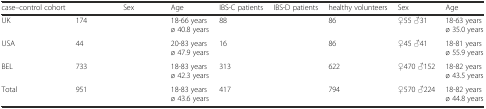
<table><thead><tr><td><b>case–control cohort</b></td><td>[EMPTY_CELL]</td><td><b>Sex</b></td><td><b>Age</b></td><td><b>IBS-C patients</b></td><td><b>IBS-D patients</b></td><td><b>healthy volunteers</b></td><td><b>Sex</b></td><td><b>Age</b></td></tr></thead><tbody><tr><td>UK</td><td>174</td><td>[EMPTY_CELL]</td><td>18-66 years ø 40.8 years</td><td>88</td><td>[EMPTY_CELL]</td><td>86</td><td>♀55 ♂31</td><td>18-63 years ø 35.0 years</td></tr><tr><td>USA</td><td>44</td><td>[EMPTY_CELL]</td><td>20-83 years ø 47.9 years</td><td>16</td><td>[EMPTY_CELL]</td><td>86</td><td>♀45 ♂41</td><td>18-81 years ø 55.9 years</td></tr><tr><td>BEL</td><td>733</td><td>[EMPTY_CELL]</td><td>18-83 years ø 42.3 years</td><td>313</td><td>[EMPTY_CELL]</td><td>622</td><td>♀470 ♂152</td><td>18-82 years ø 43.5 years</td></tr><tr><td>Total</td><td>951</td><td>[EMPTY_CELL]</td><td>18-83 years ø 43.6 years</td><td>417</td><td>[EMPTY_CELL]</td><td>794</td><td>♀570 ♂224</td><td>18-82 years ø 44.8 years</td></tr></tbody></table>